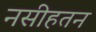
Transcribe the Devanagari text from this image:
नसीहतन